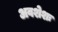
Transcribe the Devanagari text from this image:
अवशेशः